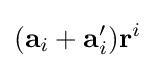
(\mathbf {a} _{i}+\mathbf {a} '_{i})\mathbf {r} ^{i}